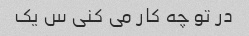
در تو چه کار می کنی س یک